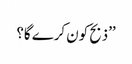
’’ذبح کون کرے گا؟